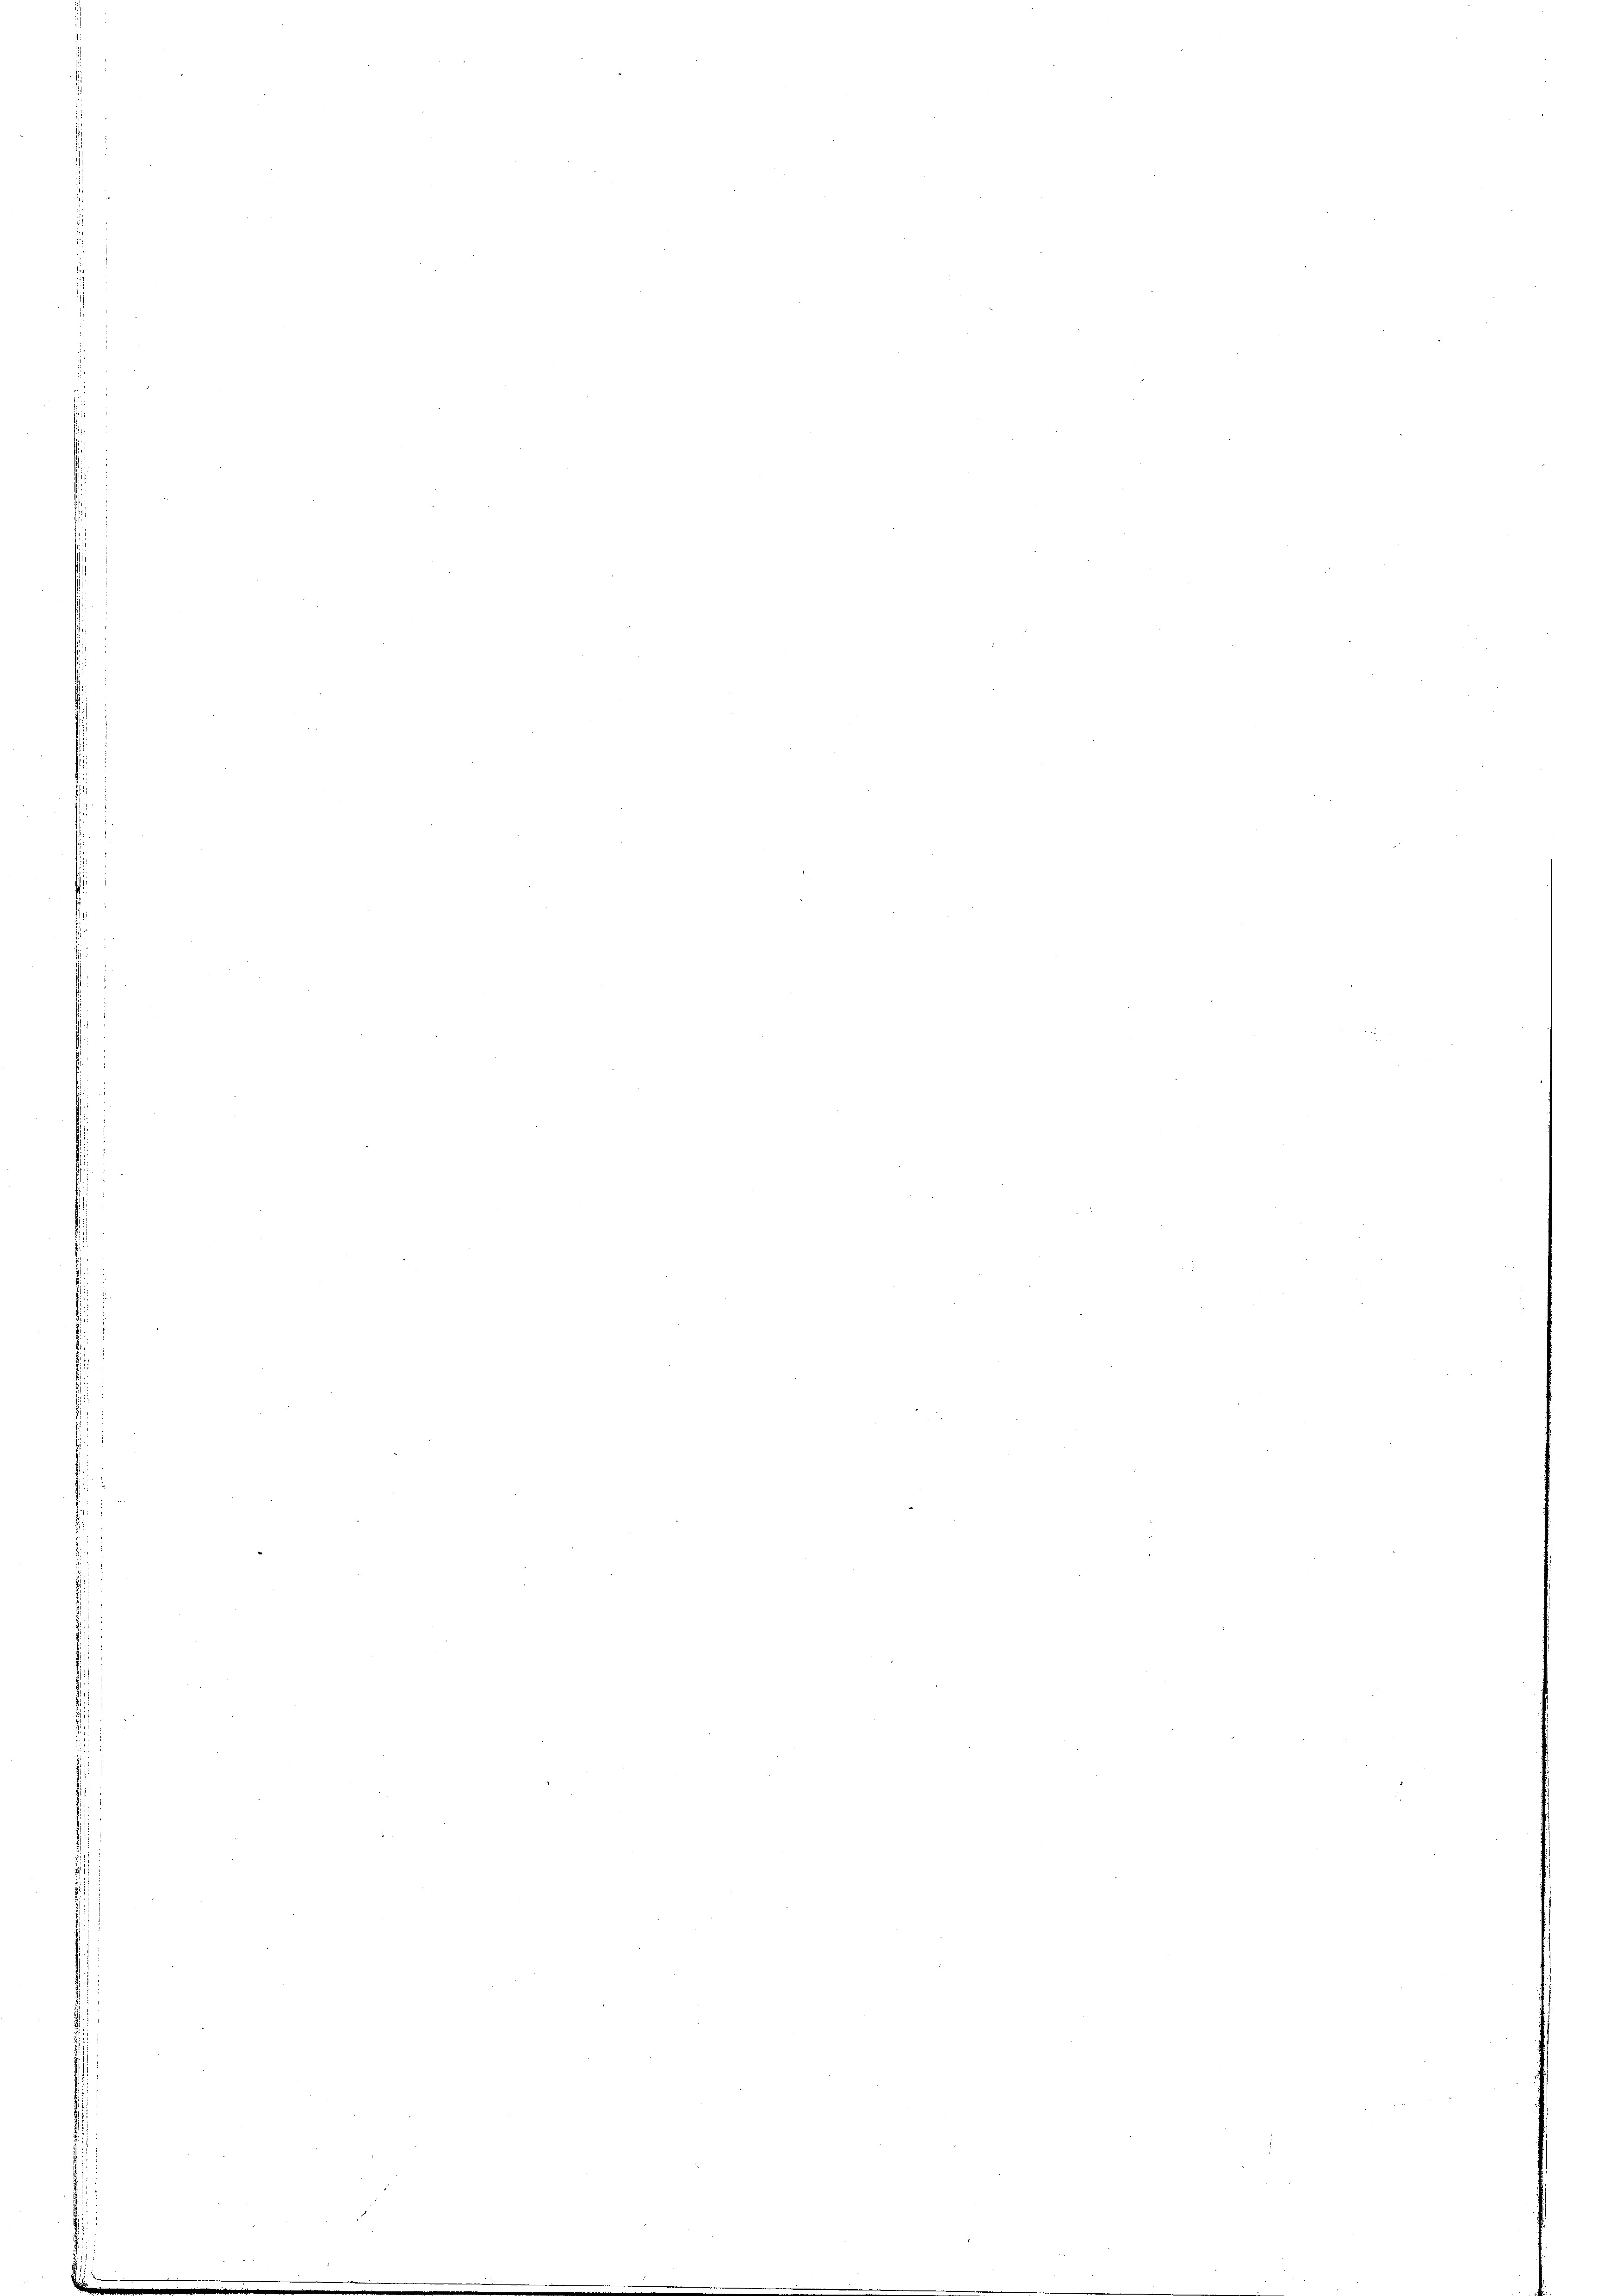
s

n